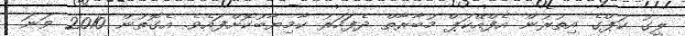
ލީގު ކަޕްގެ އިތުރުން އެފްއޭކަޕް މުބާރާތް ދެފަހަރު ކާމިޔާބުކޮށްފައެވެ. އެގޮތުން 2010 ވަނަ